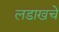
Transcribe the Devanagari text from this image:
लडाखचे